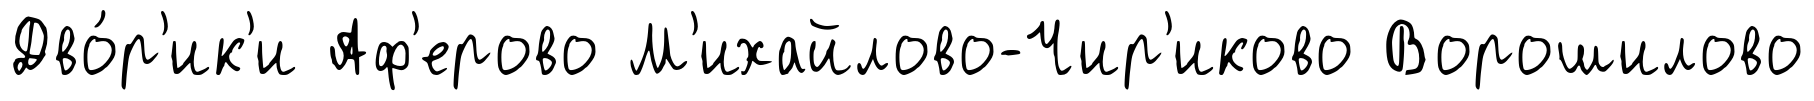
Дво́р'ик'и Аф'ерово М'ихайлово-Чир'иково Ворошилово